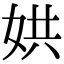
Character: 娂